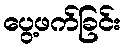
ပွေ့ဖက်ခြင်း